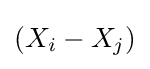
(X_{i}-X_{j})